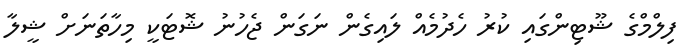
ފިލްމްގެ ޝޫޓިންގައި ކުރު ހެދުމެއް ލައިގެން ނަގަން ޖެހުނު ޝޮޓަކީ މިހާތަނަށް ޝީލާ